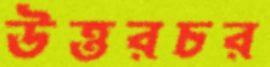
উত্তরচর